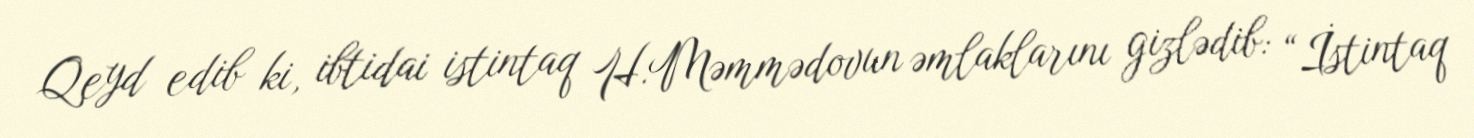
Qeyd edib ki, ibtidai istintaq H.Məmmədovun əmlaklarını gizlədib: “İstintaq